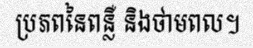
ប្រភពនៃពន្លឺ និងថាមពល។